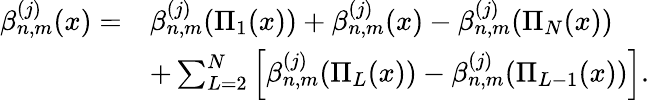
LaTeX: \begin{array}{rl}{\beta_{n,m}^{(j)}(x)=}&{\beta_{n,m}^{(j)}(\Pi_{1}(x))+\beta_{n,m}^{(j)}(x)-\beta_{n,m}^{(j)}(\Pi_{N}(x))}\\ &{+\sum_{L=2}^{N}\left[\beta_{n,m}^{(j)}(\Pi_{L}(x))-\beta_{n,m}^{(j)}(\Pi_{L-1}(x))\right].}\end{array}